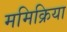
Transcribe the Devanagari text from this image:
ममिक्रिया